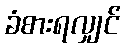
ခံစားရလျှင်